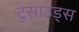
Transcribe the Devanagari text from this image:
टुसाउड्स